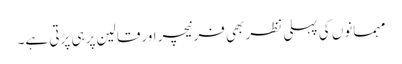
مہمانوں کی پہلی نظربھی فرنیچر اورقالین پرہی پڑتی ہے۔